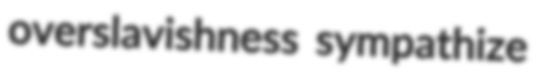
overslavishness sympathize